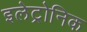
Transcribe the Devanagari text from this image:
इलेट्रोनिक